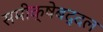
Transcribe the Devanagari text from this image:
समीक्षेबद्दल